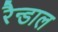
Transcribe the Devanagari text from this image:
रैन्डाल